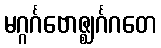
မဂ္ဂင်္ဂဗောဇ္ဈင်္ဂဂတေ